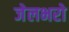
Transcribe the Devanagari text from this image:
जेलभरो